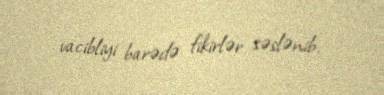
vacibliyi barədə fikirlər səslənib.